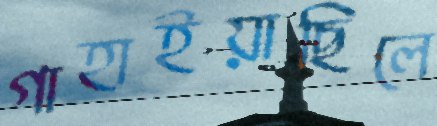
গাহাইয়াছিলে